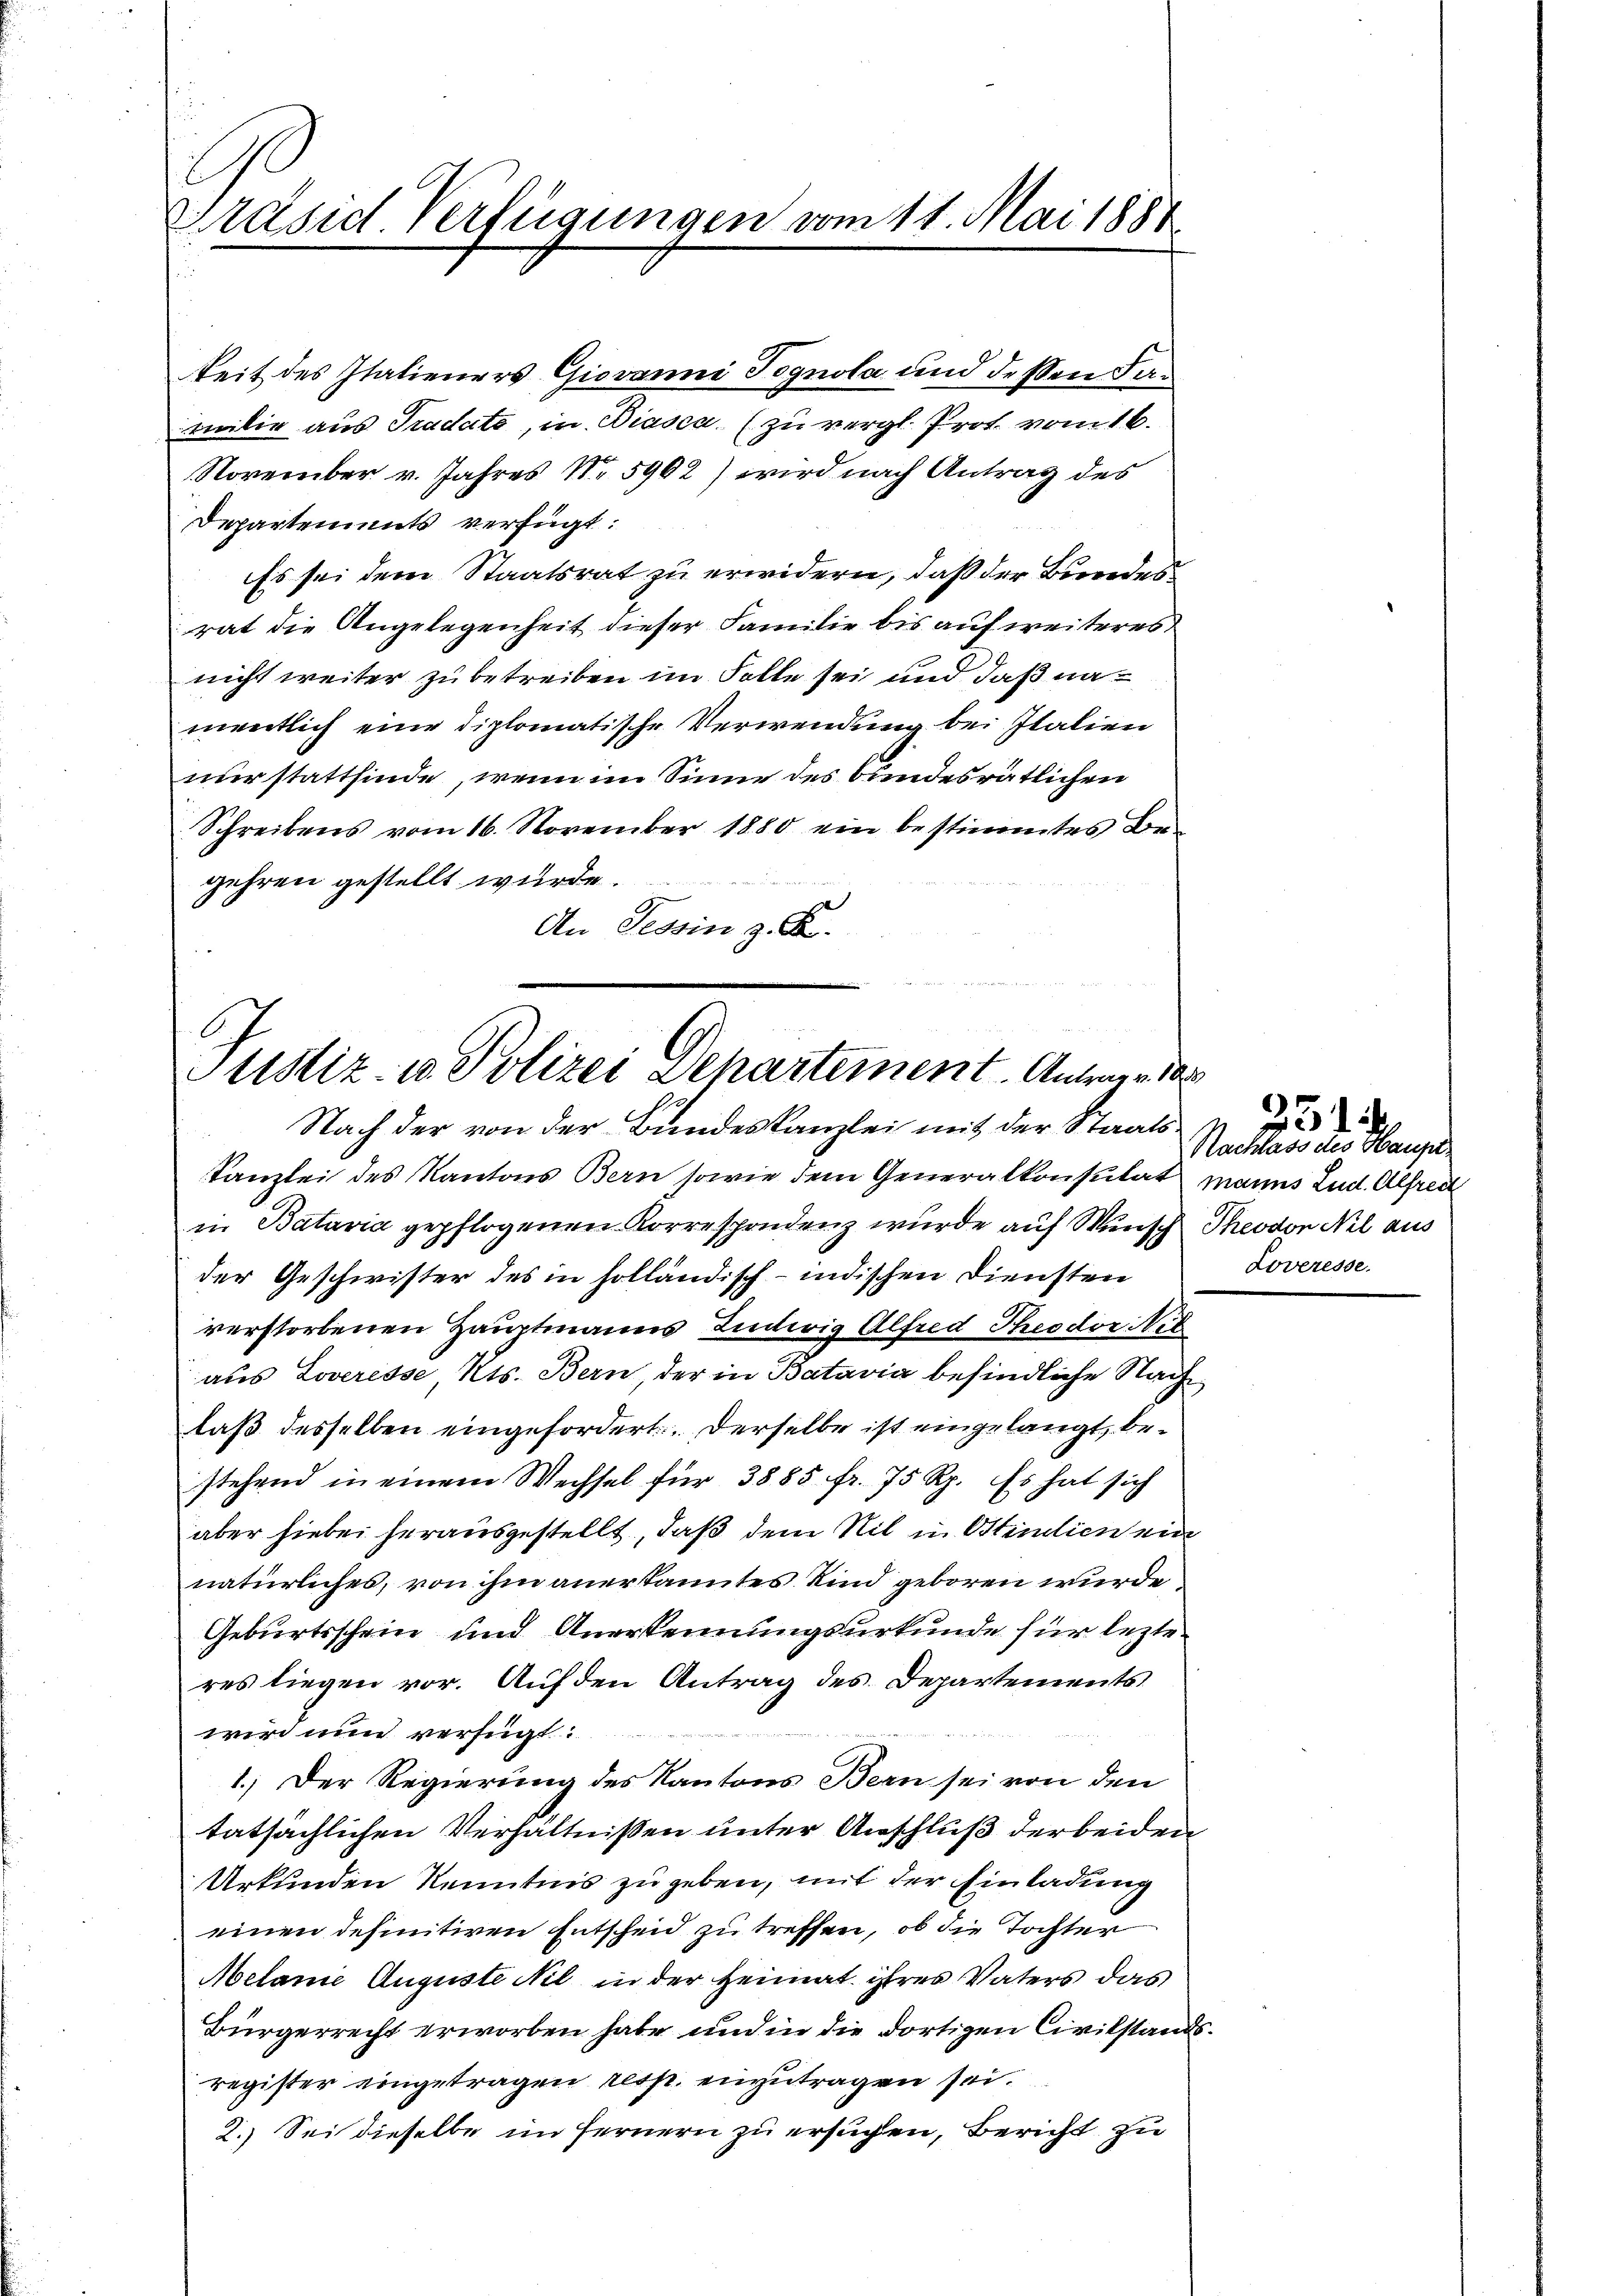
Präsid. Verfügungen vom 11. Mai 1881

keit des Italieners Giovanni Tognola und dessen Familie aus Tradate, in Diasca (zu vergl. Prot. vom 16.
November v. Jahres No 5902) wird nach Antrag des
Departements verfügt:
Es sei dene Staatsrat zu erwidern, daß der Bundesrat die Angelegenheit dieser Familie bis auf weiteres
nicht weiter zu betreiben im Solle sei und daß namentlich eine diplomatische Verwendung bei Italien
nur stattfinde, wenn im Sinne des bundesrätlichen
Schreibens vom 16. November 1880 ein bestimmtes Be-
gehren gestellt wurde.
An Tessin z. B.

Justiz- u Polizei Departement. Antrage, das
Nach der von der Bundeskanzlei mit der Staats¬

Kanzlei des Kantons Bern sowie dem Generalkonsulat manns Lud. Alfrech
in Batavia gepflogenen Korrespondenz wurde auf Wunsch Theodor Nel aus
der Geschwister des in holländisch-indischen Diensten
verstorbenen Hauptmanns Ludwig Alfred Theodor Nie
aus Loveresse, Kts. Bern, der in Batavia befindliche Nachlaß desselben eingefordert. Derselbe ist eingelangt, bestehend in einem Wechsel für 3885 fr. 75 Rp. Es hat sich
aber hiebei herausgestellt, daß dem Nil in Stindien ein
natürliches, von ihm anerkanntes Kind geboren wurde,
Geburtsschein und Anerkennungsurkunde für lezte
res liegen vor. Auf den Antrag des Departements
wird nun verfügt:
1.) Der Regierung des Kantons Bern sei von den
tatsächlichen Verhältnissen unter Anschluß der beiden
Urkunden Kenntnis zugeben, mit der Einladung
einen definitiven Entscheid zu treffen, ob die Tochter
Melanie Auguste Nil in der Heimat ihres Vaters das
Bürgerrecht erworben habe und in die dortigen Civilstandsregister eingetragen resp. einzutragen sei.
2.) Sei dieselbe im Fernern zu ersuchen, Bericht zu

231)
Nachlass des Haupt¬
Loveresse.